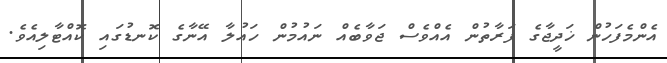
އެންމެފަހުން ޚަދީޖާގެ ފަރާތުން އެއްވެސް ޖަވާބެއް ނައުމުން ހައުލާ އޭނާގެ ކޮނޑުގައި ކޮއްޓާލިއެވެ.